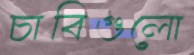
চাবিগুলো